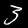
Digit: 3